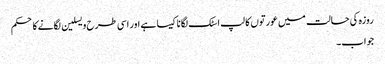
روزہ کی حالت میں عورتوں کا لپ اسٹک لگانا کیسا ہے اور اسی طرح ویسلین لگانےکا حکم
جواب۔